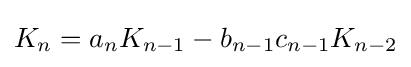
K_{n}=a_{n}K_{n-1}-b_{n-1}c_{n-1}K_{n-2}